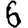
Digit: 6